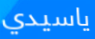
ياسيدي